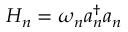
H _ { n } = \omega _ { n } a _ { n } ^ { \dagger } a _ { n }